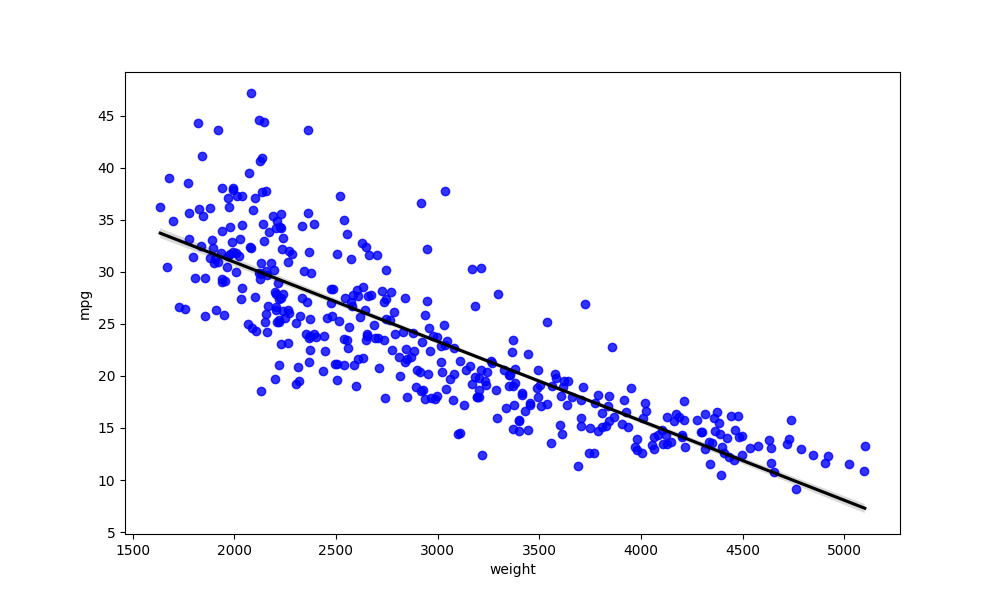
python, seaborn, regplot, order=1, ci=68, scatter_color=blue, line_color=black